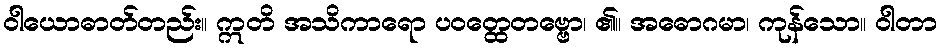
ဝါယောဓာတ်တည်း။ ဣတိ အသိကာရော ပဝတ္ထေတဗ္ဗော၊ ၏။ အဓောဂမာ၊ ကုန်သော။ ဝါတာ